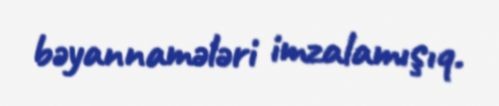
bəyannamələri imzalamışıq.